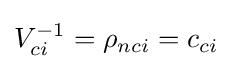
V_{ci}^{-1}=\rho _{nci}=c_{ci}